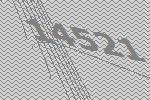
14521